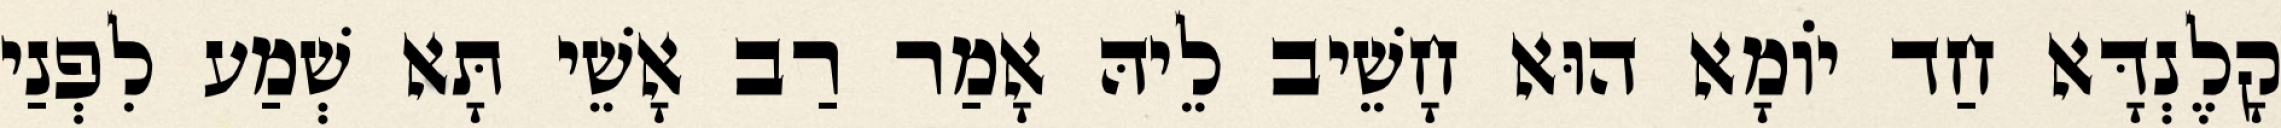
קָלֶנְדָּא חַד יוֹמָא הוּא חָשֵׁיב לֵיהּ אָמַר רַב אָשֵׁי תָּא שְׁמַע לִפְנַי